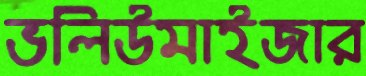
ভলিউমাইজার